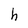
Character: h